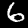
Label: 6